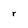
Character: r